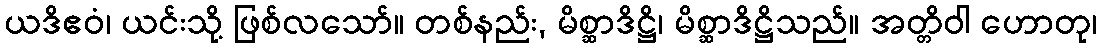
ယဒိဧဝံ၊ ယင်းသို့ ဖြစ်လသော်။ တစ်နည်း, မိစ္ဆာဒိဋ္ဌိ၊ မိစ္ဆာဒိဋ္ဌိသည်။ အတ္တိဝါ ဟောတု၊